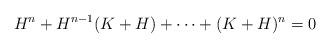
LaTeX: \begin{align*}H^n+H^{n-1}(K+H)+\cdots+(K+H)^n&=0\end{align*}